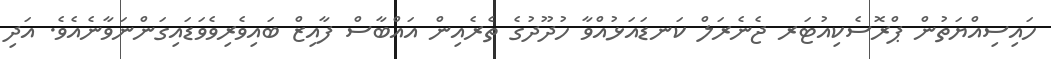
ހައިސިއްޔަތުން ޕްރޮސެކިއުޓަރ ޖެނެރަލް ކަނޑައަޅުއްވާ ހުދޫދުގެ ތެރެއިން އައްބާސް ފާއިޒް ބައިވެރިވެވަޑައިގަންނަވާނެއެވެ. އަދި